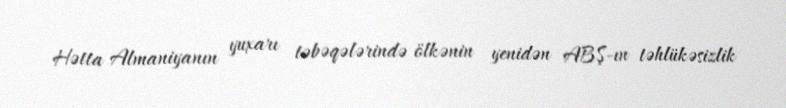
Hətta Almaniyanın yuxarı təbəqələrində ölkənin yenidən ABŞ-ın təhlükəsizlik